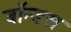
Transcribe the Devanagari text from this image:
बॉन्डस